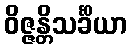
ဝိဇ္ဇန္တိသင်္ခိယာ